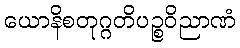
ယောနိစတုဂ္ဂတိပဉ္စဝိညာဏံ